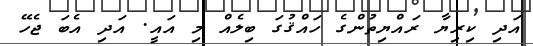
އަދި ކިރިޔާ ރައްޔިތުންގެ ހައްޤުގަ ބިލެއް މި އައީ. އަދި އެބަ ޖެހޭ